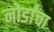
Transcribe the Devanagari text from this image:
नोर्डांचा